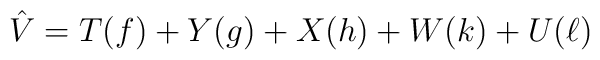
\hat V = T(f) + Y(g) + X(h) + W(k) + U(\ell)